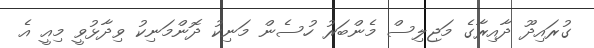
ގުރައިދޫ ދާއިރާގެ މަޖިލިސް މެންބަރު ހުސެން މަނިކު ދޮންމަނިކު ވިދާޅުވީ މިއީ އެ